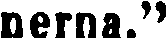
nerna."